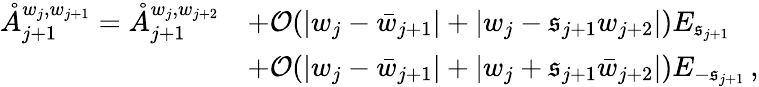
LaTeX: \begin{array}{rl}{\mathring{A}_{j+1}^{w_{j},w_{j+1}}=\mathring{A}_{j+1}^{w_{j},w_{j+2}}}&{+\mathcal{O}(|w_{j}-\bar{w}_{j+1}|+|{w}_{j}-\mathfrak{s}_{j+1}{w}_{j+2}|)E_{\mathfrak{s}_{j+1}}}\\ &{+\mathcal{O}(|w_{j}-\bar{w}_{j+1}|+|{w}_{j}+\mathfrak{s}_{j+1}\bar{w}_{j+2}|)E_{-\mathfrak{s}_{j+1}}\, ,}\end{array}